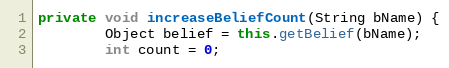
Language: Java
private void increaseBeliefCount(String bName) {
        Object belief = this.getBelief(bName);
        int count = 0;